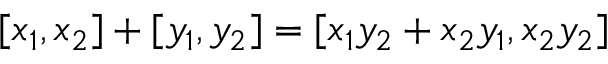
[ x _ { 1 } , x _ { 2 } ] + [ y _ { 1 } , y _ { 2 } ] = [ x _ { 1 } y _ { 2 } + x _ { 2 } y _ { 1 } , x _ { 2 } y _ { 2 } ]